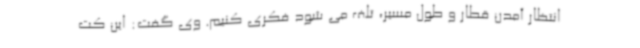
انتظار آمدن قطار و طول مسیر، تلف می شود فکری کنیم. وی گفت: این کت